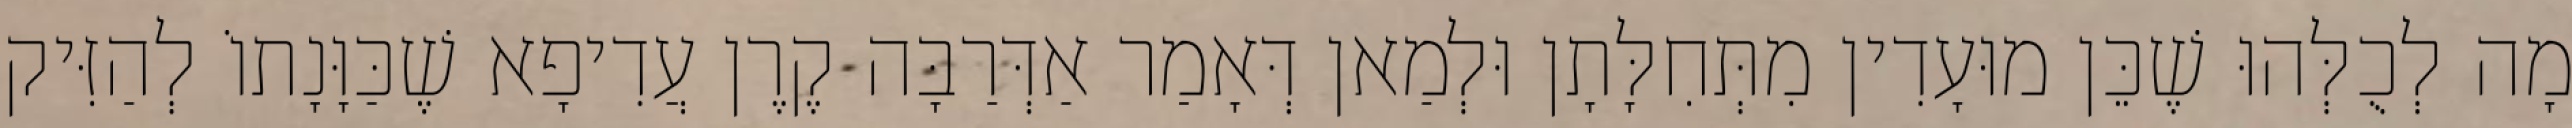
מָה לְכֻלְּהוּ שֶׁכֵּן מוּעָדִין מִתְּחִלָּתָן וּלְמַאן דְּאָמַר אַדְּרַבָּה קֶרֶן עֲדִיפָא שֶׁכַּוָּנָתוֹ לְהַזִּיק